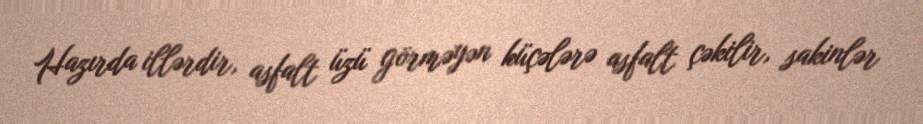
Hazırda illərdir, asfalt üzü görməyən küçələrə asfalt çəkilir, sakinlər